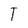
Character: T